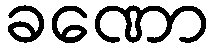
ခဏော